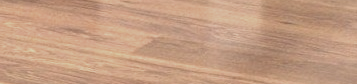
الكمية محدودة